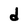
Character: d